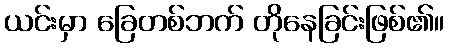
ယင်းမှာ ခြေတစ်ဘက် တိုနေခြင်းဖြစ်၏။